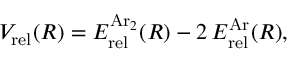
V _ { \mathrm { r e l } } ( R ) = E _ { \mathrm { r e l } } ^ { \mathrm { A r } _ { 2 } } ( R ) - 2 \, E _ { \mathrm { r e l } } ^ { \mathrm { A r } } ( R ) ,